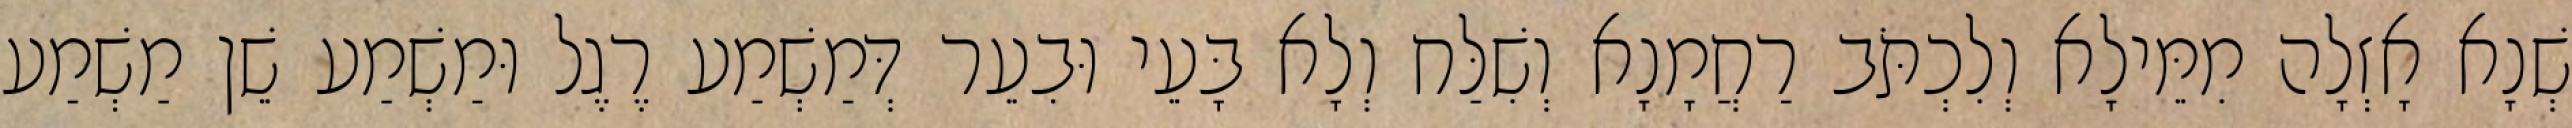
שְׁנָא אָזְלָה מִמֵּילָא וְלִכְתֹּב רַחֲמָנָא וְשִׁלַּח וְלָא בָּעֵי וּבִעֵר דְּמַשְׁמַע רֶגֶל וּמַשְׁמַע שֵׁן מַשְׁמַע